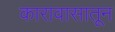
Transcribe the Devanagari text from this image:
कारावासातून